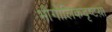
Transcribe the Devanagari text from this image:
भौगोलिकदृष्टय़ा